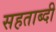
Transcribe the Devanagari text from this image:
सहताब्दी